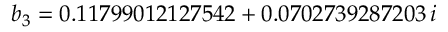
b _ { 3 } = 0 . 1 1 7 9 9 0 1 2 1 2 7 5 4 2 + 0 . 0 7 0 2 7 3 9 2 8 7 2 0 3 \, i